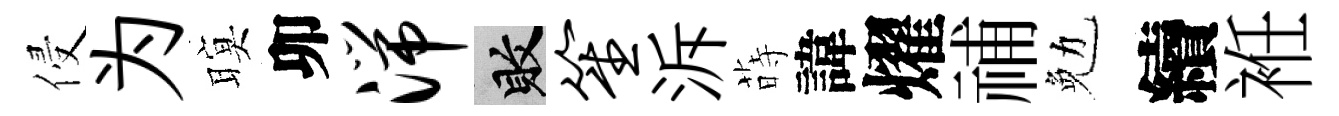
侵为暝卯湍敗笙泝蒔諱燿𥙷勉續袵